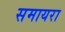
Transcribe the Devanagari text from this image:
समायरा